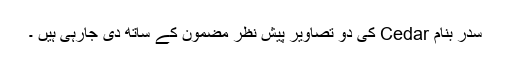
سدر بنام Cedar کی دو تصاویر پیش نظر مضمون کے ساتھ دی جارہی ہیں ۔